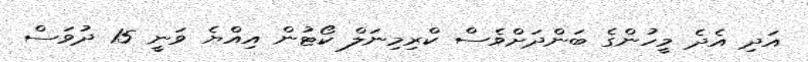
އަދި އެދެ މީހުންގެ ބަންދަށްވެސް ކްރިމިނަލް ކޯޓުން އިއްޔެ ވަނީ 15 ދުވަސް